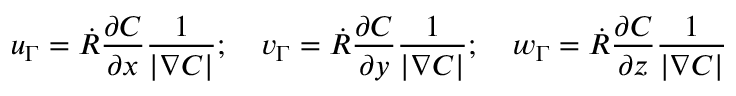
u _ { \Gamma } = \dot { R } \frac { \partial C } { \partial x } \frac { 1 } { | \nabla C | } ; \quad v _ { \Gamma } = \dot { R } \frac { \partial C } { \partial y } \frac { 1 } { | \nabla C | } ; \quad w _ { \Gamma } = \dot { R } \frac { \partial C } { \partial z } \frac { 1 } { | \nabla C | }